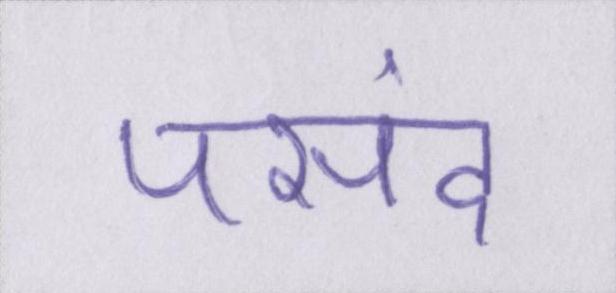
पसंद